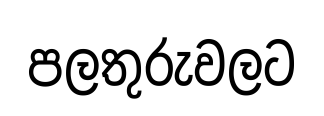
පලතුරුවලට